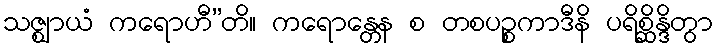
သဇ္ဈာယံ ကရောဟီ”တိ။ ကရောန္တေန စ တစပဉ္စကာဒီနိ ပရိစ္ဆိန္ဒိတွာ